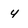
Character: y